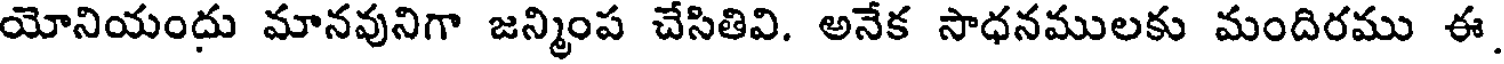
యోనియందు మానవునిగా జన్మింప చేసితివి. అనేక సాధనములకు మందిరము ఈ.